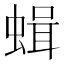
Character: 𧎎